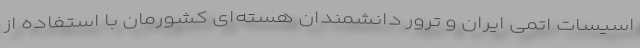
اسیسات اتمی ایران و ترور دانشمندان هسته‌ای کشورمان با استفاده از